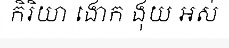
កិរិយា ងោក ងុយ អស់